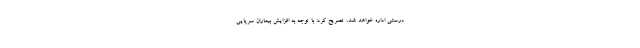
درستی اداره خواهد شد، تصریح کرد: با توجه به افزایش بیماران سرپایی